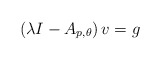
\begin{align*} \left(\lambda I-A_{p,\theta}\right)v = g \end{align*}